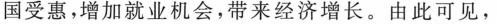
国受惠，增加就业机会，带来经济增长。由此可见，